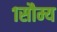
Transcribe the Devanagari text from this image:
१सौम्य